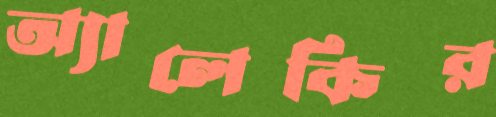
অ্যালেকির